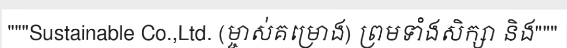
"""Sustainable Co.,Ltd. (ម្ចាស់គម្រោង) ព្រមទាំងសិក្សា និង"""